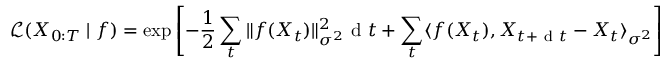
\mathcal { L } ( X _ { 0 : T } \mid f ) = \exp \left[ - \frac { 1 } { 2 } \sum _ { t } \| f ( X _ { t } ) \| _ { \sigma ^ { 2 } } ^ { 2 } \mathrm { ~ d ~ } t + \sum _ { t } \langle f ( X _ { t } ) , X _ { t + \mathrm { ~ d ~ } t } - X _ { t } \rangle _ { \sigma ^ { 2 } } \right] ,